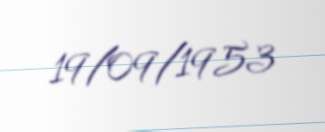
19/09/1953